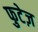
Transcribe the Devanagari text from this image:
फुटेज़